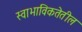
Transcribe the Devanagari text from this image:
स्वाभाविकतेतील